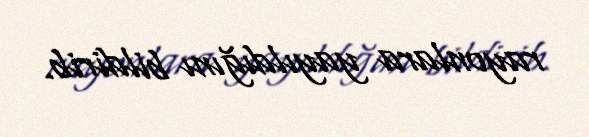
rayonlara yayıldığını bildirib.